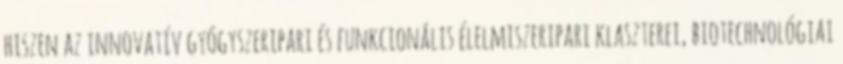
hiszen az innovatív gyógyszeripari és funkcionális élelmiszeripari klaszterei, biotechnológiai